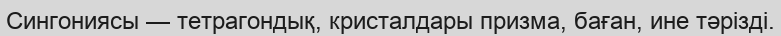
Сингониясы — тетрагондық, кристалдары призма, баған, ине тәрізді.